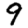
Digit: 9